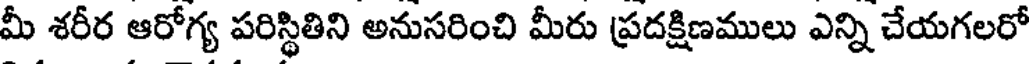
మీ శరీర ఆరోగ్య పరిస్థితిని అనుసరించి మీరు ప్రదక్షిణములు ఎన్ని చేయగలరో